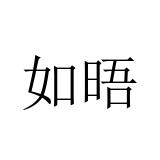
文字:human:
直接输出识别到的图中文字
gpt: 如晤